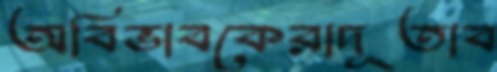
অবিভাবকেরাদূতাব